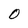
Character: O